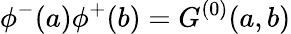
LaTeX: \phi^{-}(a)\phi^{+}(b)=G^{(0)}(a,b)